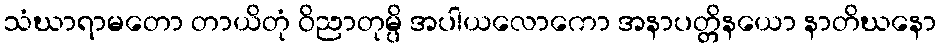
သံဃာရာမတော တာယိတုံ ဝိညာတုမ္ပိ အပါယလောကော အနာပတ္တိနယော နာတိဃနော